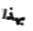
بهذا